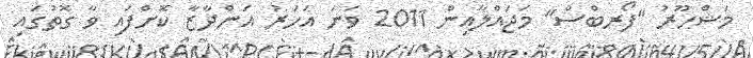
މަޝްހޫރު "ފޯރބްސް" މަޖައްލާއިން 2011 ވަނަ އަހަރު އަންދާޒާ ކޮށްފައި ވާ ގޮތުގައި